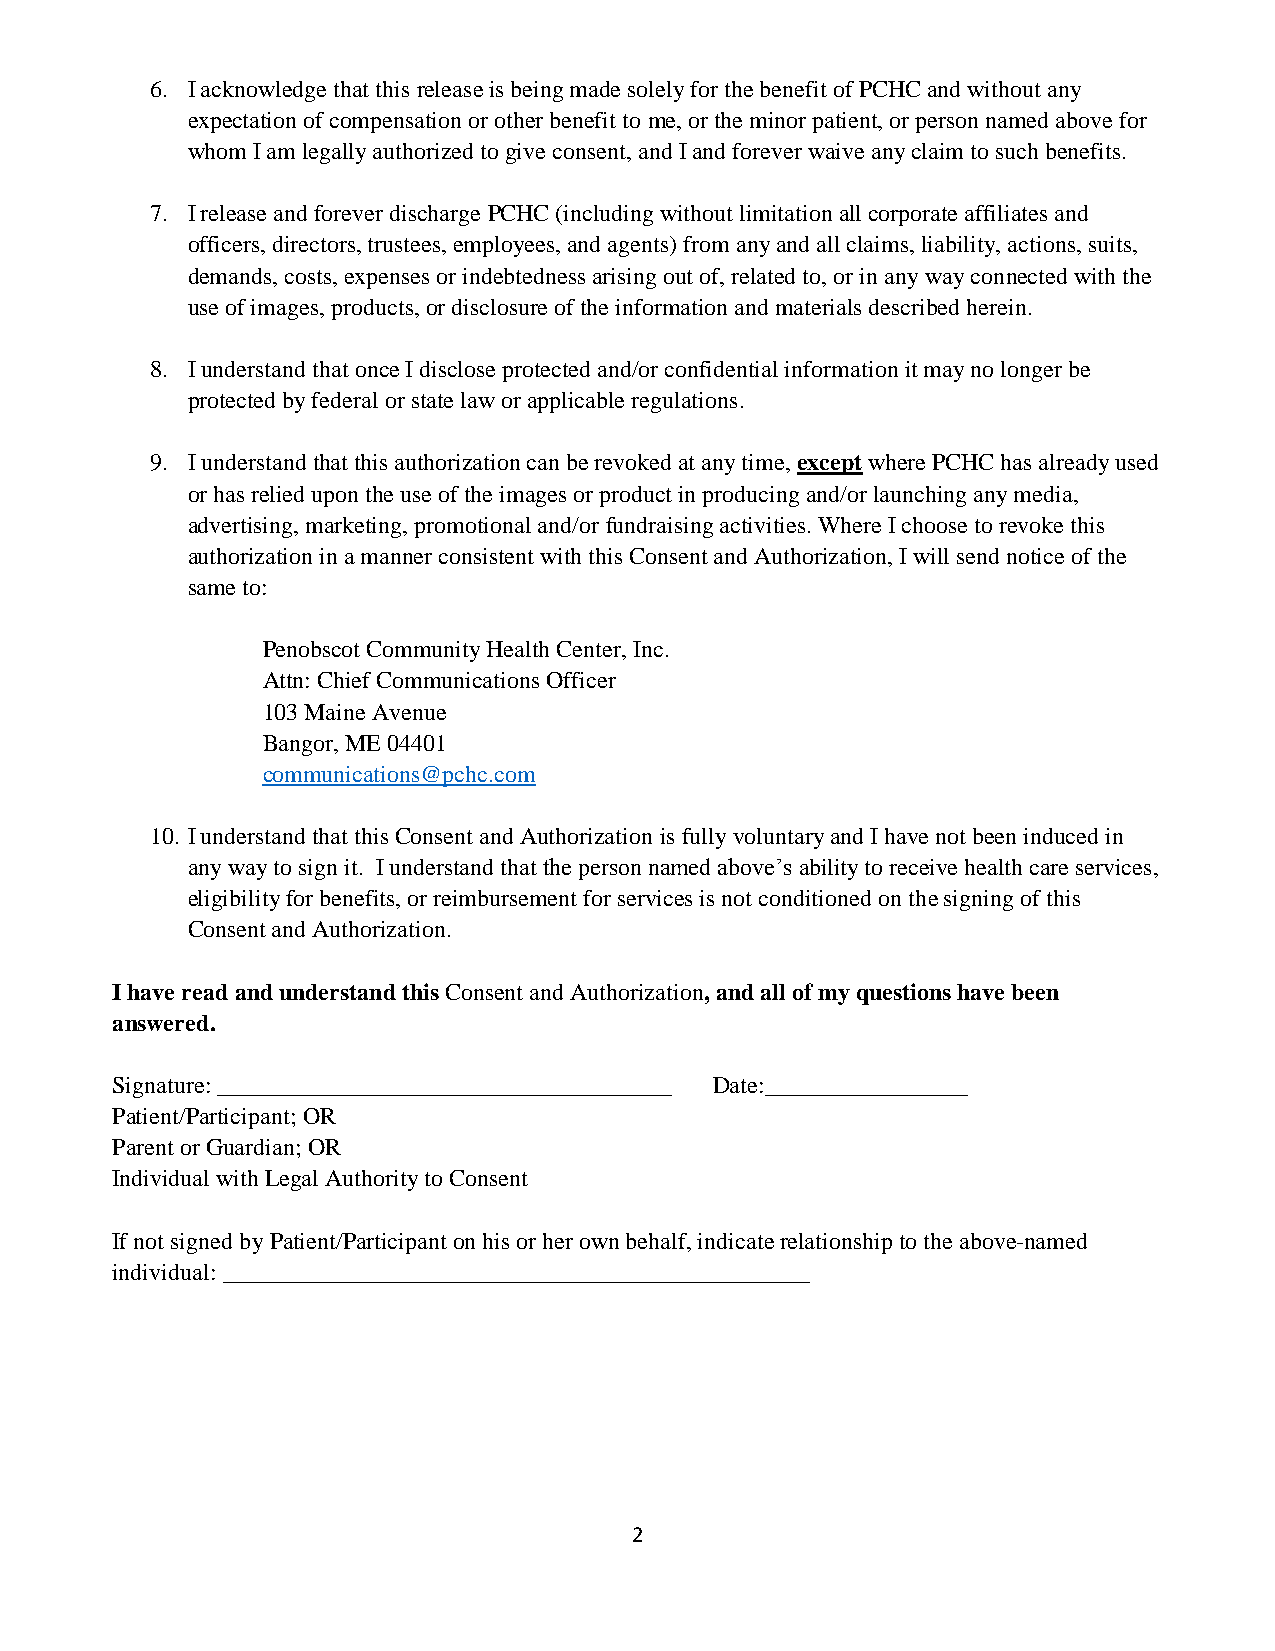
6. I acknowledge that this release is being made solely for the benefit of PCHC and without any
 expectation of compensation or other benefit to me, or the minor patient, or person named above for
 whom I am legally authorized to give consent, and I and forever waive any claim to such benefits.
 7. I release and forever discharge PCHC (including without limitation all corporate affiliates and
 officers, directors, trustees, employees, and agents) from any and all claims, liability, actions, suits,
 demands, costs, expenses or indebtedness arising out of, related to, or in any way connected with the
 use of images, products, or disclosure of the information and materials described herein.
 8. I understand that once I disclose protected and/or confidential information it may no longer be
 protected by federal or state law or applicable regulations.
 9. I understand that this authorization can be revoked at any time, except where PCHC has already used
 or has relied upon the use of the images or product in producing and/or launching any media,
 advertising, marketing, promotional and/or fundraising activities. Where I choose to revoke this
 authorization in a manner consistent with this Consent and Authorization, I will send notice of the
 same to:
 Penobscot Community Health Center, Inc.
 Attn: Chief Communications Officer
 103 Maine Avenue
 Bangor, ME 04401
 communications@pchc.com
 10. I understand that this Consent and Authorization is fully voluntary and I have not been induced in
 any way to sign it. I understand that the person named above’s ability to receive health care services,
 eligibility for benefits, or reimbursement for services is not conditioned on the signing of this
 Consent and Authorization.
 I have read and understand this Consent and Authorization, and all of my questions have been
 answered.
 Signature: ______________________________________ Date:_________________
 Patient/Participant; OR
 Parent or Guardian; OR
 Individual with Legal Authority to Consent
 If not signed by Patient/Participant on his or her own behalf, indicate relationship to the above-named
 individual: _________________________________________________
 2